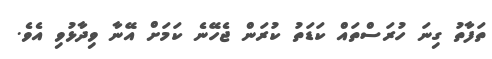
ތަފާތު ގިނަ ހުރަސްތައް ކަޑަތު ކުރަން ޖެހޭނެ ކަމަށް އޭނާ ވިދާޅުވި އެވެ.